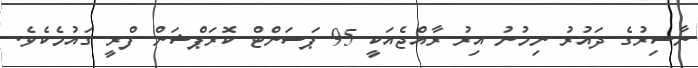
ނާސިރުގެ ދައުރު ނިމުނު އިރު ރާއްޖެއަކީ 95 ޕަސަންޓް ކޮރަޕްޝަން ފްރީ ގައުމެކެވެ.